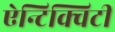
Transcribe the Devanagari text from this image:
ऐन्टिक्विटी